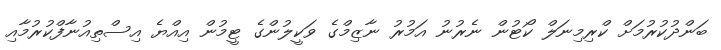
ބަންދުކުރުމަށް ކްރިމިނަލް ކޯޓުން ނެރުނު އަމުރު ނާޒިމްގެ ވަކީލުންގެ ޓީމުން އިއްޔެ އިސްތިއުނާފްކުރުމާއި